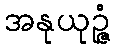
အနုယုဉ္ဇံ